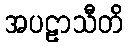
အပဠာသီတိ